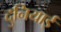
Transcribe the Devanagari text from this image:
दुनियाई